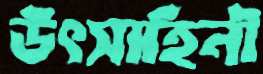
উৎসাহিনী